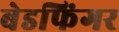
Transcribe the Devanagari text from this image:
बेडफिंगर